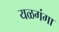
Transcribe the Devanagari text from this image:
यळगंगा